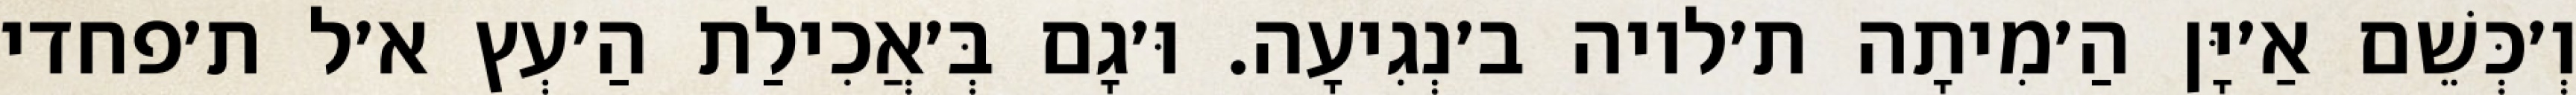
וְ׳כְּשֵׁם אַ׳יָּן הַ׳מִיתָה ת׳לויה ב׳נְגִיעָה. וּ׳גָם בְּ׳אֲכִילַת הַ׳עְץ א׳ל ת׳פחדי